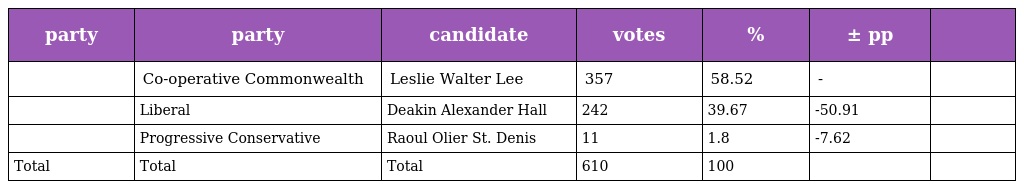
| party | party | candidate | votes | % | ± pp |  |
 | --- | --- | --- | --- | --- | --- | --- |
 |  | Co-operative Commonwealth | Leslie Walter Lee | 357 | 58.52 | - |  |
 |  | Liberal | Deakin Alexander Hall | 242 | 39.67 | -50.91 |  |
 |  | Progressive Conservative | Raoul Olier St. Denis | 11 | 1.8 | -7.62 |  |
 | Total | Total | Total | 610 | 100 |  |  |